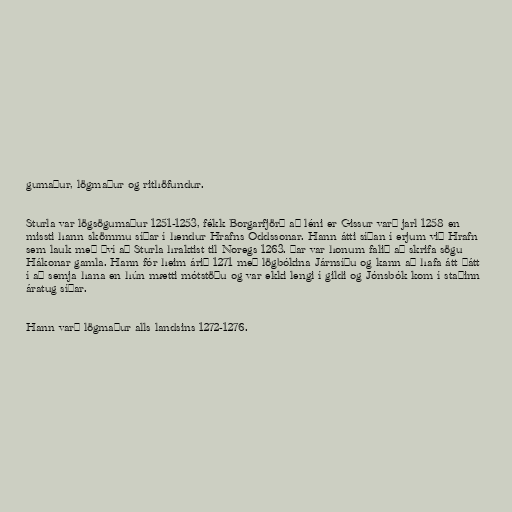
gumaður, lögmaður og rithöfundur.

Sturla var lögsögumaður 1251-1253, fékk Borgarfjörð að léni er Gissur varð jarl 1258 en
missti hann skömmu síðar í hendur Hrafns Oddssonar. Hann átti síðan í erjum við Hrafn
sem lauk með því að Sturla hraktist til Noregs 1263. Þar var honum falið að skrifa sögu
Hákonar gamla. Hann fór heim árið 1271 með lögbókina Járnsíðu og kann að hafa átt þátt
í að semja hana en hún mætti mótstöðu og var ekki lengi í gildi og Jónsbók kom í staðinn
áratug síðar.

Hann varð lögmaður alls landsins 1272-1276.